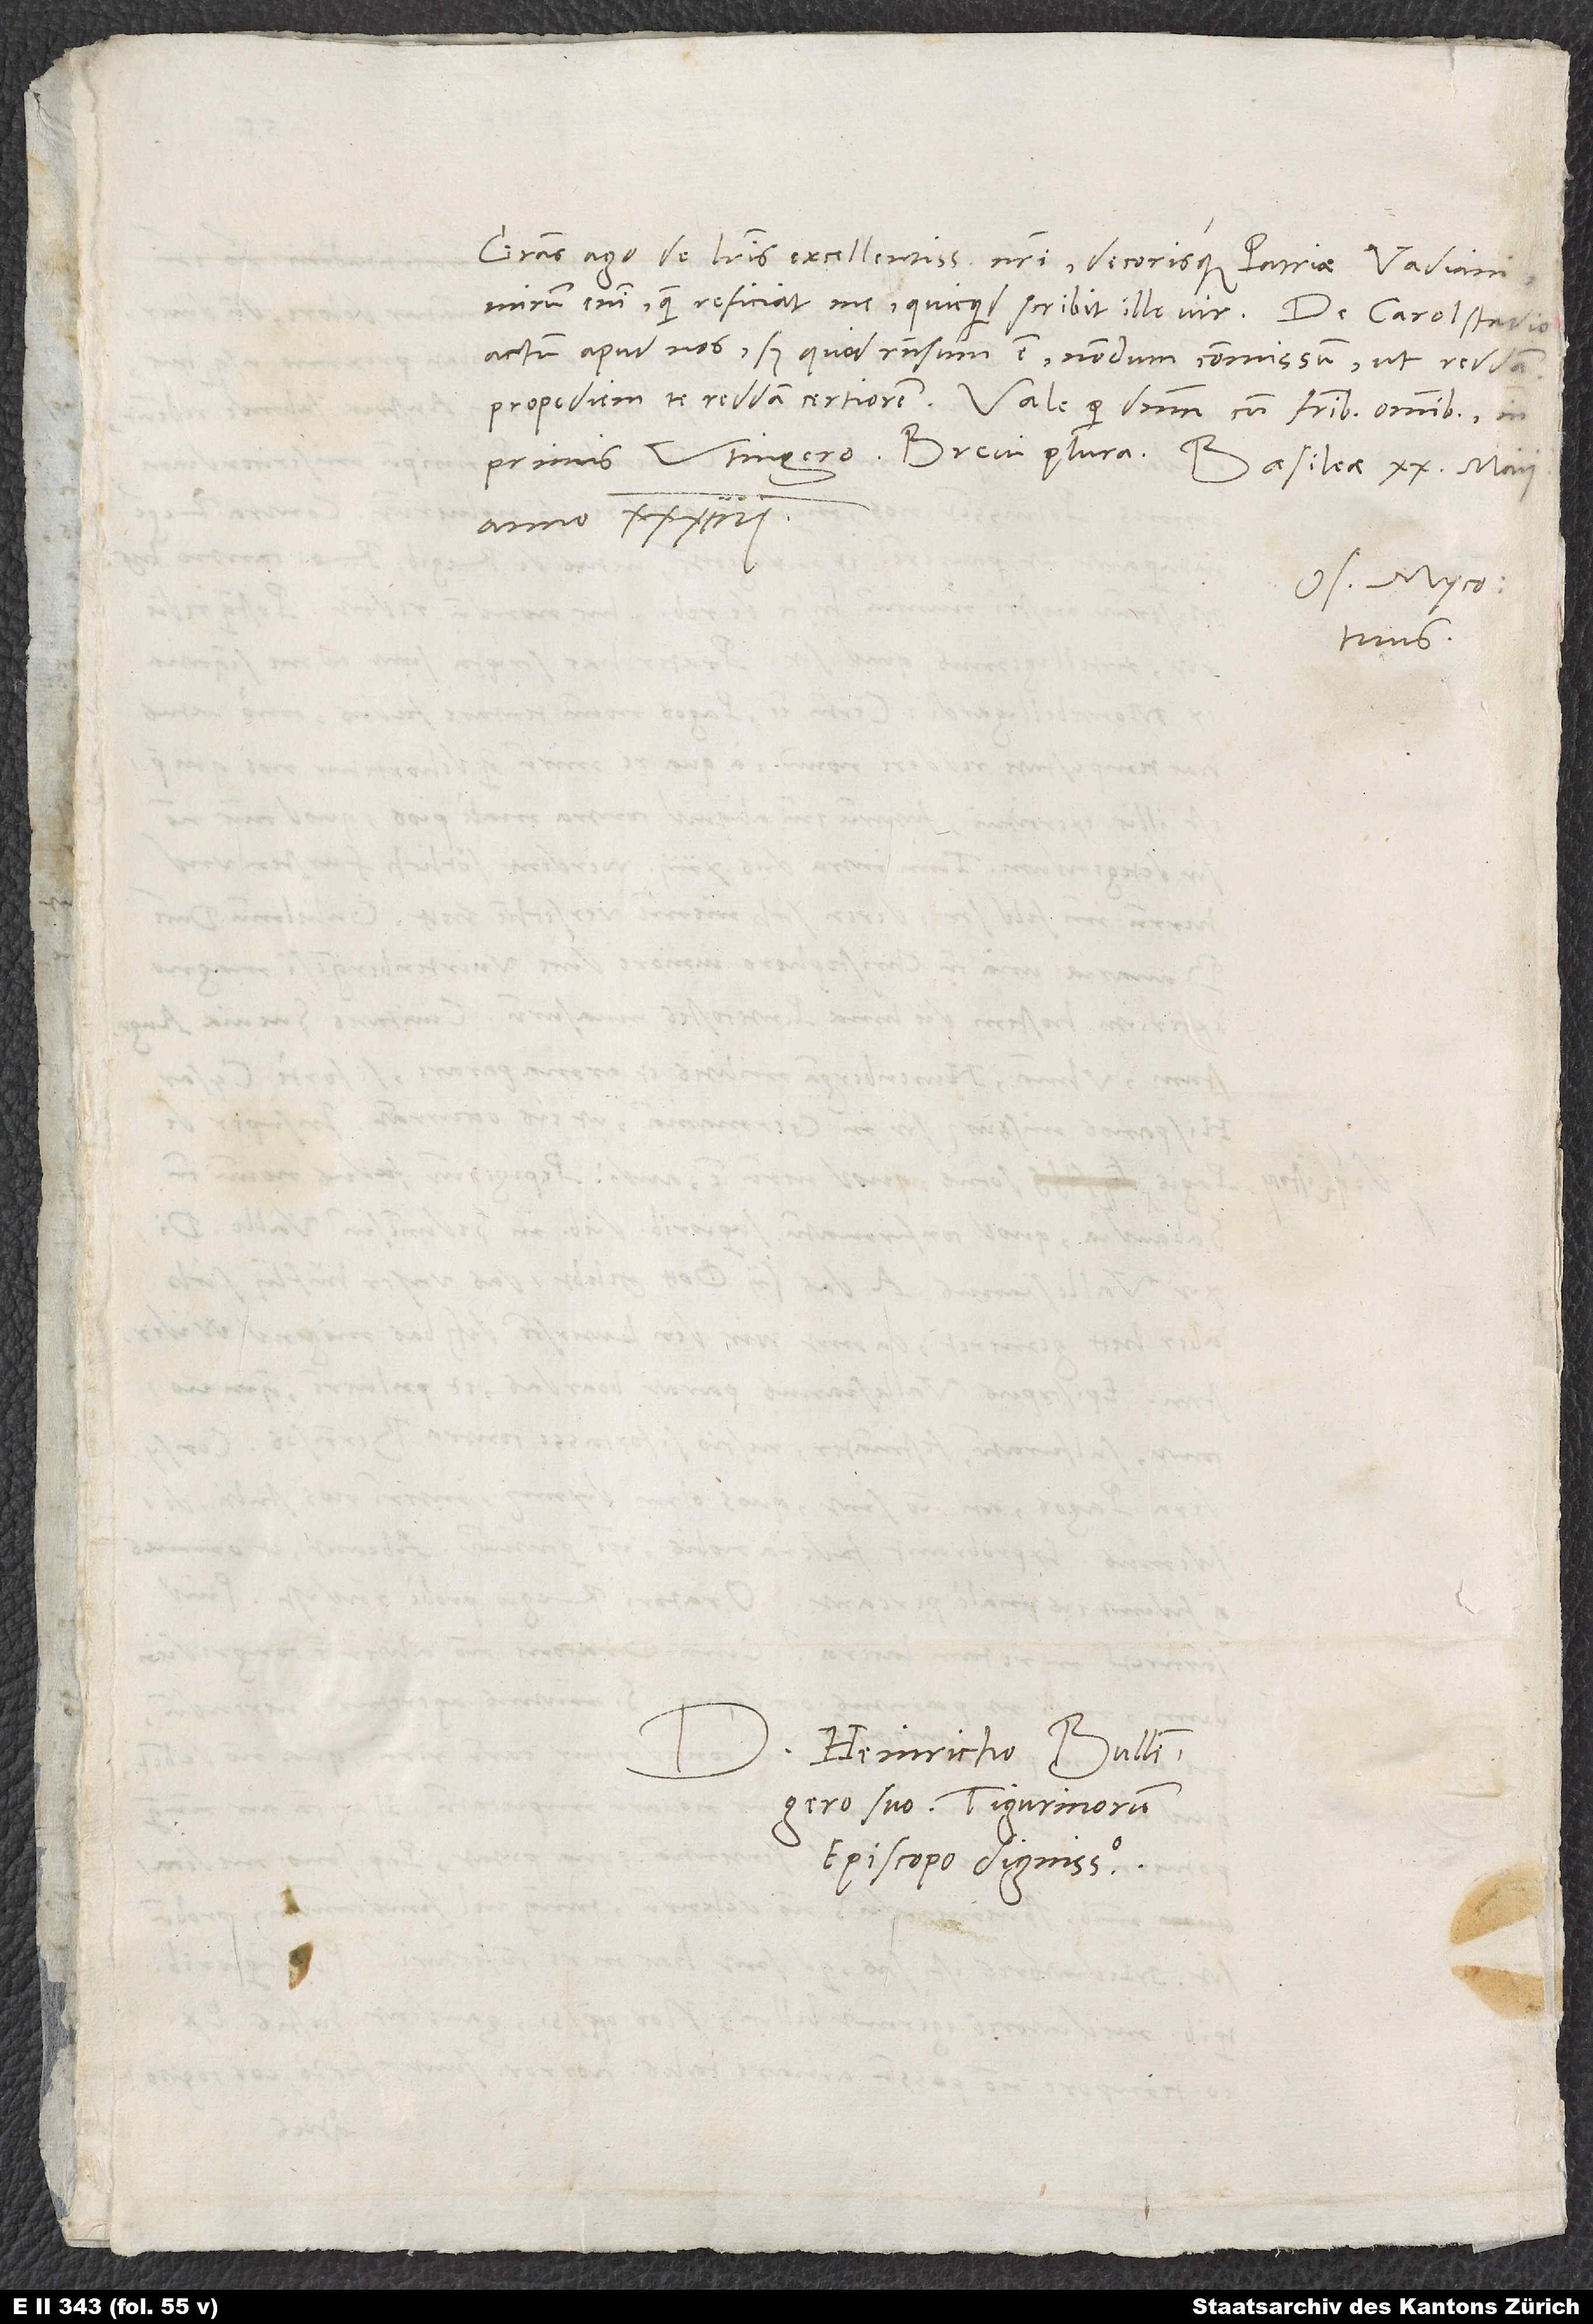
Gratias ago de literis excellentissimis nostri decorisque patriae Vadiani.
Mirum enim, quam reficiat me, quicquid scribit ille vir.
actum apud nos, sed quid responsum est, nondum commissum, ut reddam.
anno 34.
Os. Myco.
tuus.
Heinricho Bullingero
suo, Tigurinorum
episcopo dignissimo.